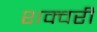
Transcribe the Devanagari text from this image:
शक्वरी